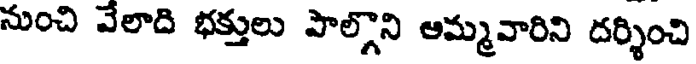
నుంచి వేలాది భక్తులు పాల్గొని అమ్మవారిని దర్శించి